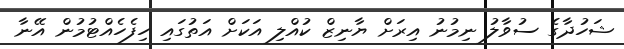
ޝަހުދާގެ ސުވާލު ނިމުނު އިރަށް ޔާނިޒް ކުއްލި އަކަށް އަތުގައި ހިފެހެއްޓުމުން އޭނާ